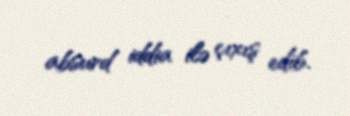
absurd iddia ilə çıxış edib.